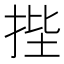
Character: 𭠷